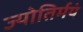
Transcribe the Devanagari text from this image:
ज्योतिर्मयं